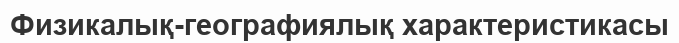
Физикалық-географиялық характеристикасы